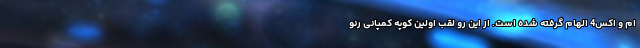
ام و اکس4 الهام گرفته شده است. از این رو لقب اولین کوپه کمپانی رنو